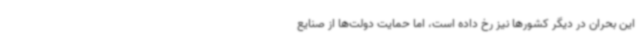
این بحران در دیگر کشورها نیز رخ داده است، اما حمایت دولت‌ها از صنایع